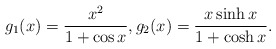
\begin{align*}g_1(x)= \frac{x^2}{1+\cos x}, g_2(x)= \frac{x\sinh x}{1+\cosh x}.\end{align*}